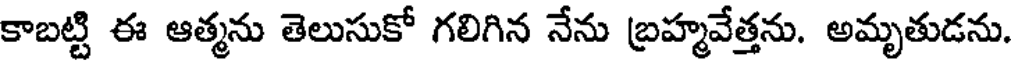
కాబట్టి ఈ ఆత్మను తెలుసుకో గలిగిన నేను బ్రహ్మవేత్తను. అమృతుడను.